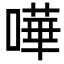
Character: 嘩